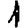
Digit: 1